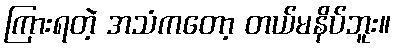
ကြားရတဲ့ အသံကတော့ တယ်မနိပ်ဘူး။